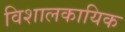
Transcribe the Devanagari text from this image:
विशालकायिक